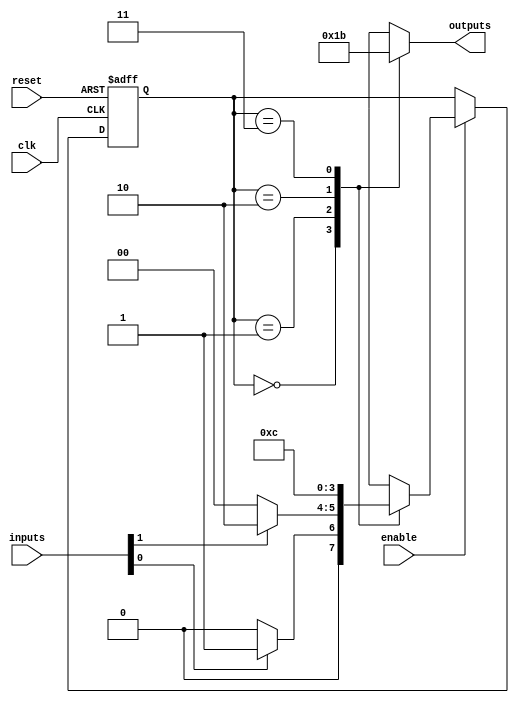
module ParameterizedStateMachine #(
    parameter NUM_STATES = 4,       // Number of states
    parameter NUM_INPUTS = 2,       // Number of inputs
    parameter NUM_OUTPUTS = 2        // Number of outputs
)(
    input wire clk,                  // Clock signal
    input wire reset,                // Reset signal
    input wire enable,               // Enable signal
    input wire [NUM_INPUTS-1:0] inputs, // Input signals
    output reg [NUM_OUTPUTS-1:0] outputs // Output signals
);

    // State encoding
    localparam STATE_WIDTH = $clog2(NUM_STATES);
    reg [STATE_WIDTH-1:0] current_state, next_state;

    // State definitions (example states)
    localparam STATE_0 = 0,
               STATE_1 = 1,
               STATE_2 = 2,
               STATE_3 = 3;

    // State register
    always @(posedge clk or posedge reset) begin
        if (reset) begin
            current_state <= STATE_0; // Initialize to the first state
        end else if (enable) begin
            current_state <= next_state; // Update to the next state
        end
    end

    // Next state logic
    always @(*) begin
        case (current_state)
            STATE_0: begin
                if (inputs[0]) begin
                    next_state = STATE_1;
                end else begin
                    next_state = STATE_0;
                end
            end
            STATE_1: begin
                if (inputs[1]) begin
                    next_state = STATE_2;
                end else begin
                    next_state = STATE_0;
                end
            end
            STATE_2: begin
                next_state = STATE_3; // Example transition
            end
            STATE_3: begin
                next_state = STATE_0; // Example transition
            end
            default: next_state = STATE_0; // Default case
        endcase
    end

    // Output logic
    always @(*) begin
        case (current_state)
            STATE_0: outputs = 2'b00; // Example output for STATE_0
            STATE_1: outputs = 2'b01; // Example output for STATE_1
            STATE_2: outputs = 2'b10; // Example output for STATE_2
            STATE_3: outputs = 2'b11; // Example output for STATE_3
            default: outputs = 2'b00; // Default output
        endcase
    end

endmodule